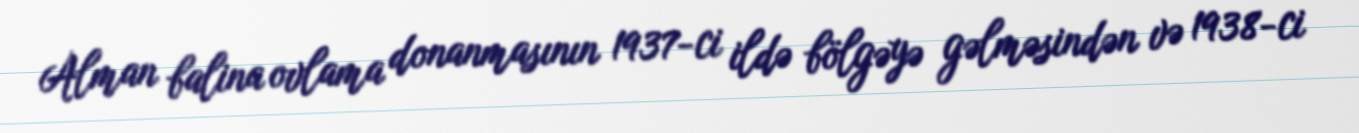
Alman balina ovlama donanmasının 1937-ci ildə bölgəyə gəlməsindən və 1938-ci